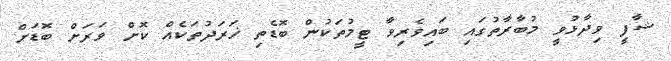
ޝާފީ ވިދާޅުވީ މުބާރާތުގައި ބައިވެރިވާ ޓީމުތަކުން ބޮޑެތި ޚަރަދުތަކެއް ކޮށް ވަރަށް ބޮޑަށް